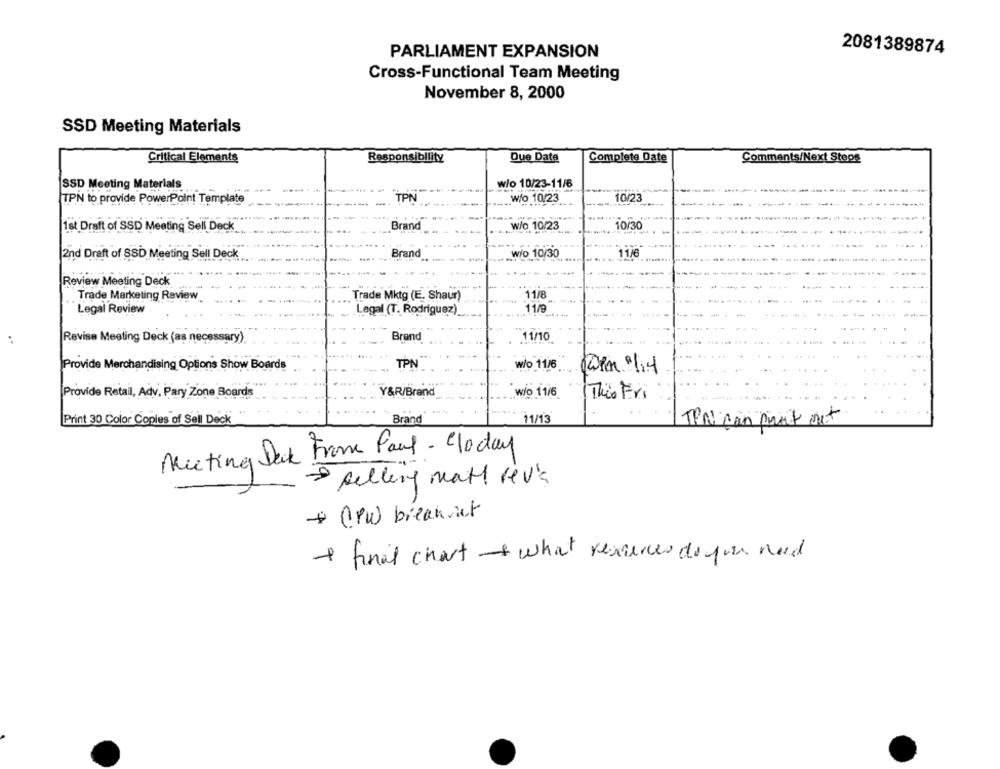
PARLIAMENT EXPANSION
2081389874
Cross-Functional Team Meeting
November 8, 2000
SSD Meeting Materials
Critical Elements
Responsibility
Due Date
Complete Date
Comments/Next Steps
wio 10/23-11/6
SSD Meeting Materials
TPN to provide PowerPoint Template
TPN
w/o 10/23
10/23
1st Draft of SSD Meeting Sell Deck
Brand
w/o. 10/23
10/30
Brand
w/o 10/30
11/6
2nd Draft of SSD Meeting Sell Deck
Review Meeting Deck
Trade Marketing Review
Trade Mktg (E. Shaur)
11/8
11/9
Legal Review
Legal (T. Rodriguez)
Revise Meeting Deck (as necessary).
Brand
11/10
..
Provide Merchandising Options Show Boards
TPN
w/o 11/6
wio 11/6
Provide Retail, Adv, Pary Zone Boards
Y&R/Brand
This Fri
Print 30 Color Copies of Sell Deck
Brand
11/13
JPN con prut out
Meeting Back From Paul - Clocay
selling matt rev's
+ (PW) breakout
+ final chart what resources do you need